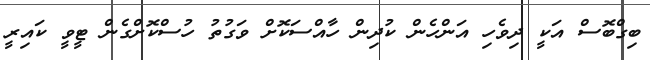
ބިގްބޮސް އަކީ ދިވެހި އަންހެން ކުދިން ހާއްސަކޮށް ވަގުތު ހުސްކޮށްގެން ޓީވީ ކައިރީ